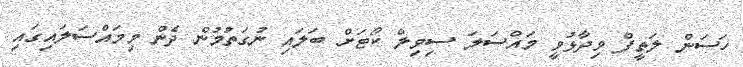
ހަސަން ލަތީފް ވިދާޅުވީ މައްސަލަ ސިވިލް ކޯޓަށް ބަލައި ނުގަތުމުން ދެން މިމައްސަލައިގައި